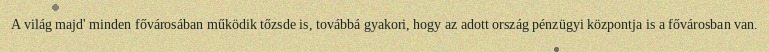
A világ majd' minden fővárosában működik tőzsde is, továbbá gyakori, hogy az adott ország pénzügyi központja is a fővárosban van.